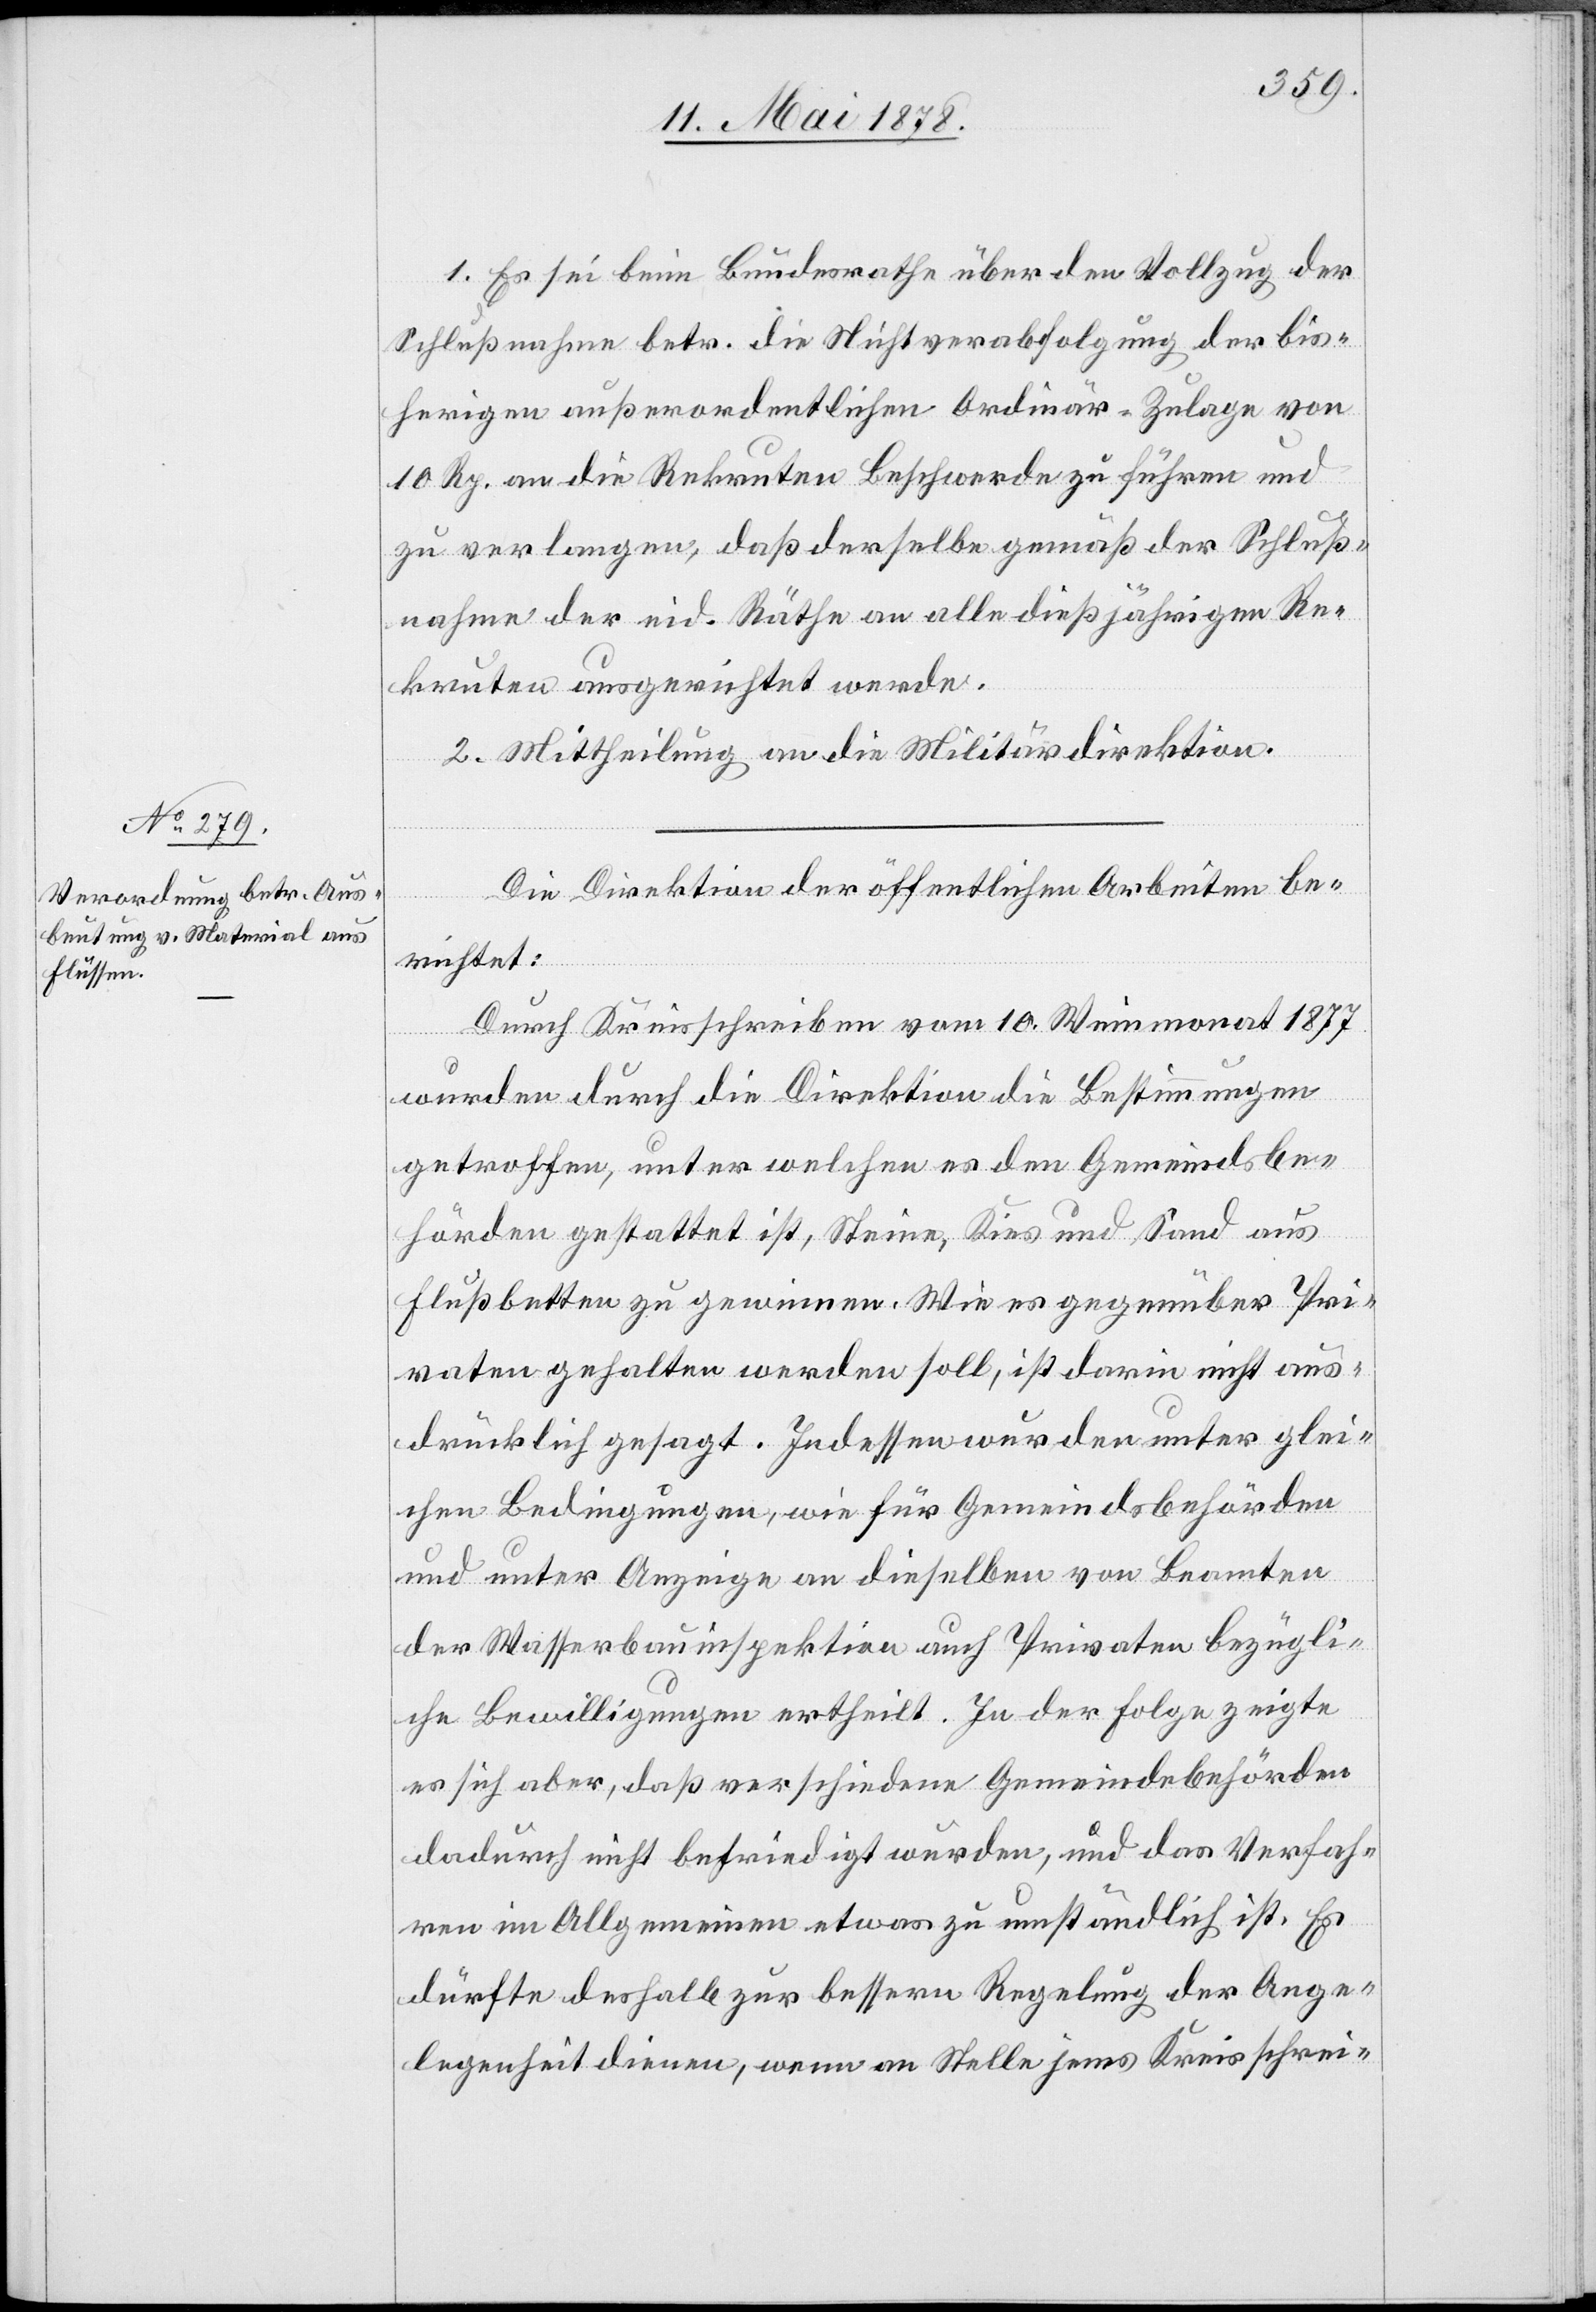
1. Es sei beim Bundesrathe über den Vollzug der
Schlußnahme betr. die Nichtverabfolgung der bis¬
herigen außerordentlichen Ordinär-Zulage von
10 Rp. an die Rekruten Beschwerde zu führen und
zu verlangen, daß derselbe gemäß der Schluß¬
nahme der eid. Räthe an alle dießjährigen Re¬
kruten ausgerichtet werde.
2. Mittheilung an die Militärdirektion.
Die Direktion der öffentlichen Arbeiten be¬
richtet:
durch Kreisschreiben vom 10. Weinmonat 1877
wurden durch die Direktion die Bestimmungen
getroffen, unter welchen es den Gemeindsbe¬
hörden gestattet ist, Steine, Kies und Sand aus
Flussbetten zu gewinnen. Wie es gegenüber Pri¬
vaten gehalten werden soll, ist darin nicht aus¬
drücklich gesagt. Indessen wurden unter glei¬
chen Bedingungen, wie für Gemeindsbehörden
und unter Anzeige an dieselben von Beamten
der Wasserbauinspektion auch Privaten bezügli¬
che Bewilligungen ertheilt. In der Folge zeigt
es sich aber, daß verschiedene Gemeindebehörden
dadurch nicht befriedigt wurden, und das Verfah¬
ren im Allgemeinen etwas zu umständlich ist. Es
dürfte deshalb zur besserern Regelung der Ange¬
legenheit dienen, wenn an Stelle jenes Kreisschrei-